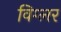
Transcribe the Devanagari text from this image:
विग्लर